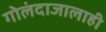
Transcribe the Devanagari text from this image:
गोलंदाजालाही